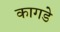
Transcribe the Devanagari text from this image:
कागडे